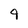
Character: 9